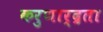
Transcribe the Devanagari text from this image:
करुणार्द्रता